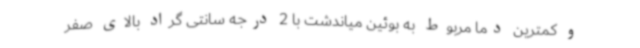
و کمترین دما مربوط به بوئین میاندشت با 2 درجه سانتی گراد بالای صفر